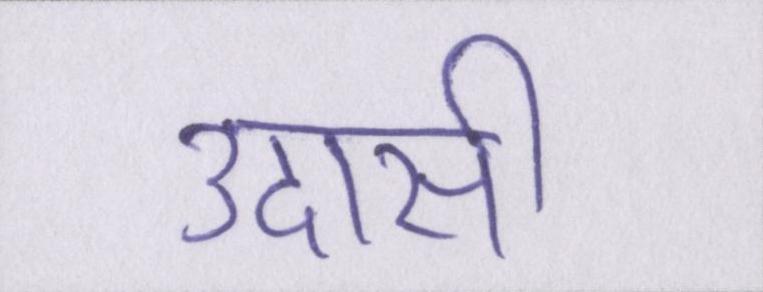
उदासी